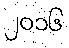
၂၀၁၆